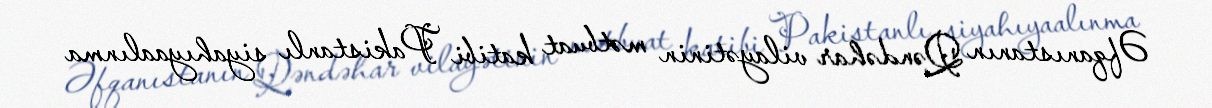
Əfqanıstanın Qəndəhar vilayətinin mətbuat katibi Pakistanlı siyahıyaalınma